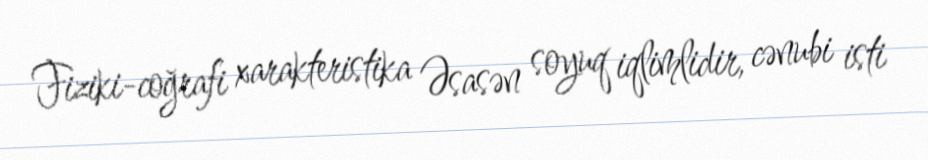
Fiziki-coğrafi xarakteristika Əsasən soyuq iqlimlidir, cənubi isti